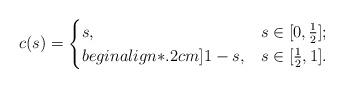
LaTeX: \begin{align*}c(s)=\begin{cases}s,& s \in [0,\frac12];\\begin{align*}.2cm]1-s,& s \in [\frac12,1].\end{cases}\end{align*}